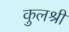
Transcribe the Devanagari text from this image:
कुलश्री